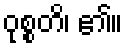
ဝုစ္စတိ၊ ၏။